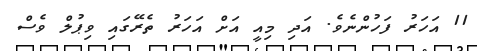
11 އަހަރު ފަހުންނެވެ. އަދި މިއީ އަށް އަހަރު ތެރޭގައި ވިޕުލް ވެސް